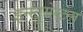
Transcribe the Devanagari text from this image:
इन्स्ट्रुमेन्टल